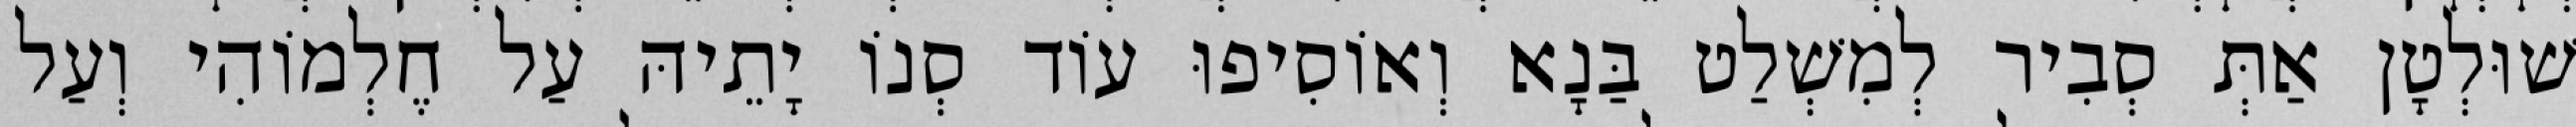
שׁוּלְטָן אַתְּ סְבִיר לְמִשְׁלַט בַּנָא וְאוֹסִיפוּ עוֹד סְנוֹ יָתֵיהּ עַל חֶלְמוֹהִי וְעַל